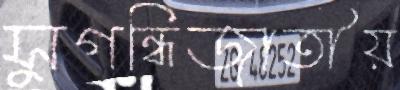
সুগন্ধিজাতীয়